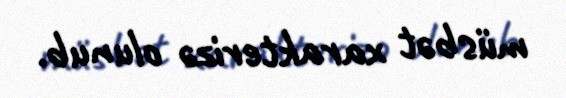
müsbət xarakterizə olunub.